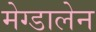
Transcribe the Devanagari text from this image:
मेग्डालेन